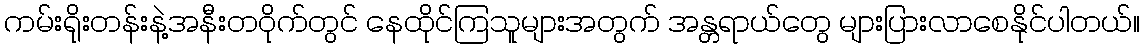
ကမ်းရိုးတန်းနဲ့အနီးတဝိုက်တွင် နေထိုင်ကြသူများအတွက် အန္တရာယ်တွေ များပြားလာစေနိုင်ပါတယ်။